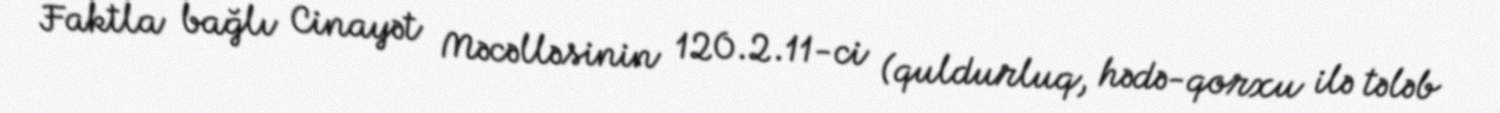
Faktla bağlı Cinayət Məcəlləsinin 120.2.11-ci (quldurluq, hədə-qorxu ilə tələb